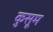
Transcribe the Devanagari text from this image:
कुसूम